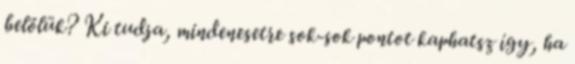
belőlük? Ki tudja, mindenesetre sok-sok pontot kaphatsz így, ha